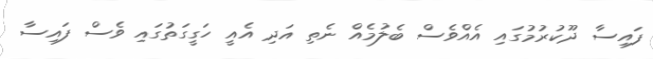
ފައިސާ ދޫކުރުމުގައި އެއްވެސް ބެލުމެއް ނެތި އަދި އެއީ ހަގީގަތުގައި ވެސް ފައިސާ